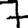
Digit: 7